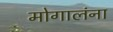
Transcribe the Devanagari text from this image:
मोगालंना